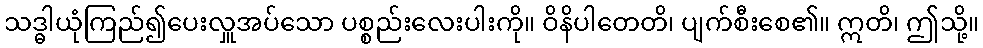
သဒ္ဓါယုံကြည်၍ပေးလှူအပ်သော ပစ္စည်းလေးပါးကို။ ဝိနိပါတေတိ၊ ပျက်စီးစေ၏။ ဣတိ၊ ဤသို့။